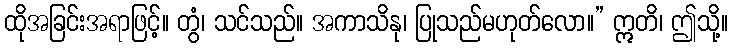
ထိုအခြင်းအရာဖြင့်။ တွံ၊ သင်သည်။ အကာသိနု၊ ပြုသည်မဟုတ်လော။” ဣတိ၊ ဤသို့။